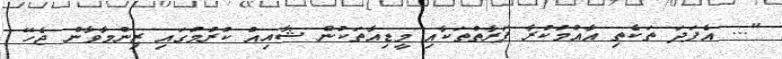
"... އެފަދަ ތަކެތި އާއްމުކުރާ ފަަރާތްތަކާއި މީޑިއާތަކުން ޝާއިއު ކުރުމުގައި ޒިންމާވާން ޖެހޭ